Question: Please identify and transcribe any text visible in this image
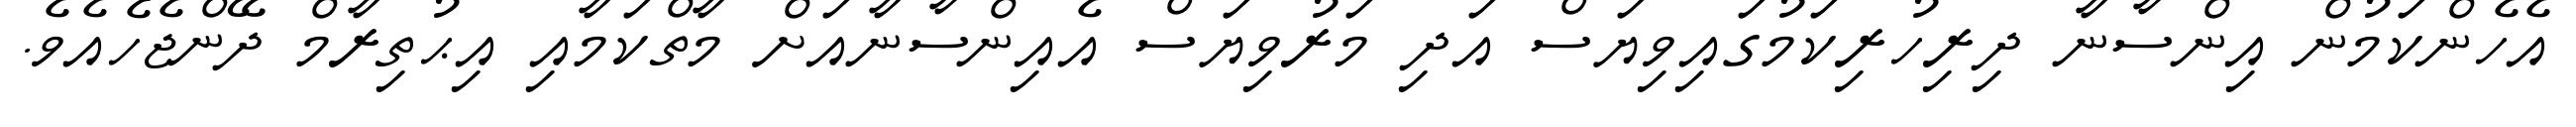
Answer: އެހެންކަމުން އިންސާނާ ދިރިހުރިކަމުގައިވިޔަސް އަދި މަރުވިޔަސް އެއިންސާނާއަށް މާތްކަމާއި އިޙުތިރާމް ދޭންޖެހެއެވެ.